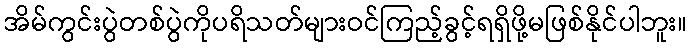
အိမ်ကွင်းပွဲတစ်ပွဲကိုပရိသတ်များဝင်ကြည့်ခွင့်ရရှိဖို့မဖြစ်နိုင်ပါဘူး။